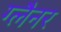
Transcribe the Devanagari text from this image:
ग्लैनर